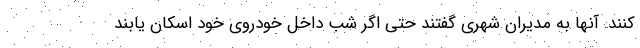
کنند. آنها به مدیران شهری گفتند حتی اگر شب داخل خودروی خود اسکان یابند